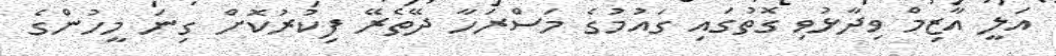
އަލީ އާޒިމް ވިދާޅުވި ގޮތުގައި ގައުމުގެ މަސްރަހާ ދޭތެރޭ ފިކުރުކޮށް ގިނަ މީހުންގެ